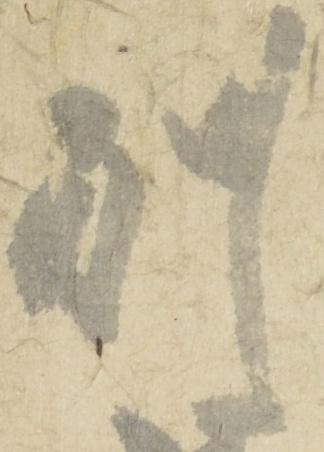
別